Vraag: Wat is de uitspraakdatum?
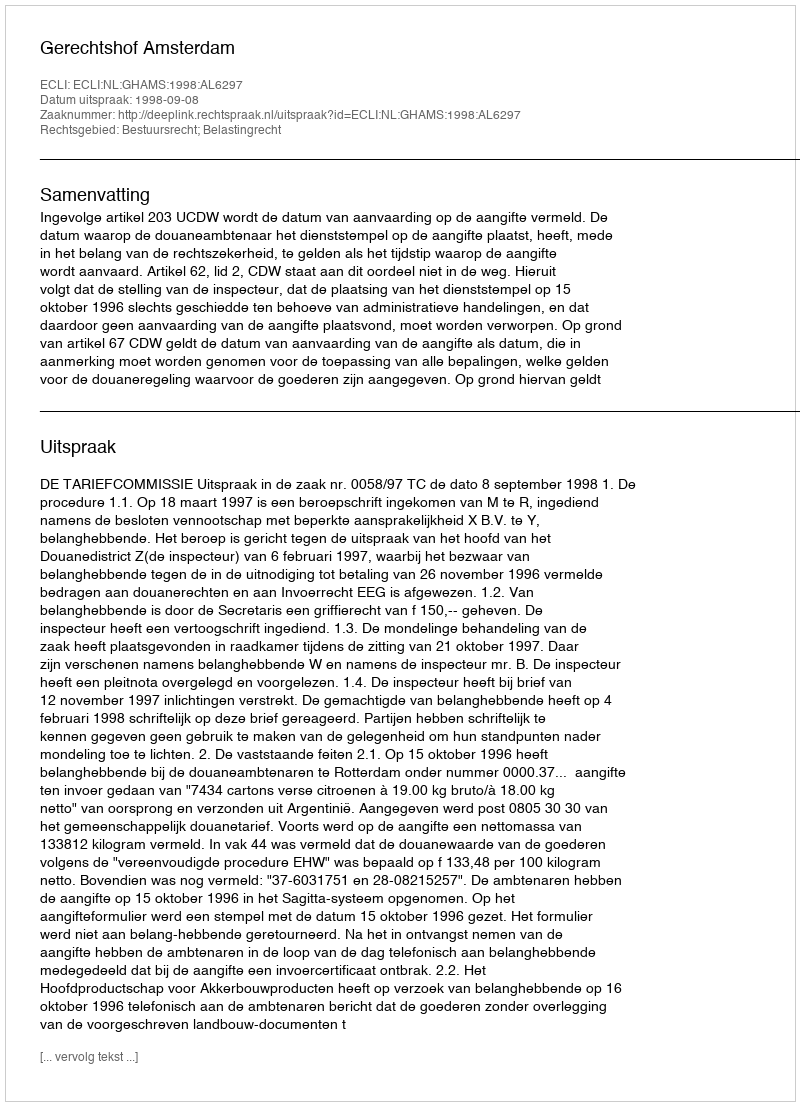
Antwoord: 1998-09-08